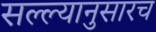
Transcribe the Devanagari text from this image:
सल्ल्यानुसारच